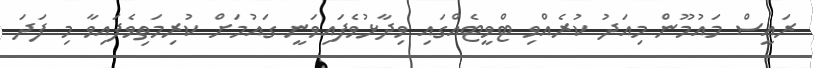
ރައީސް މައުމޫން މިއަދު ކުރެއްވި ޓްވީޓެއްގައި ވިދާޅުވެފައިވަނީ ގައުމަށް ކުރިމަތިވެފައިވާ މި ފަދަ